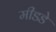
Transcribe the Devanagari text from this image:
मीडडे